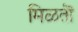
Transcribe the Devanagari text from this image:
मिळतॊ